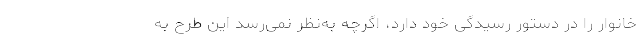
خانوار را در دستور رسیدگی خود دارد، اگرچه به‌نظر نمی‌رسد این طرح به